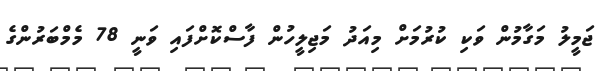
ޖަމީލު މަގާމުން ވަކި ކުރުމަށް މިއަދު މަޖިލީހުން ފާސްކޮށްފައި ވަނީ 78 މެމްބަރުންގެ